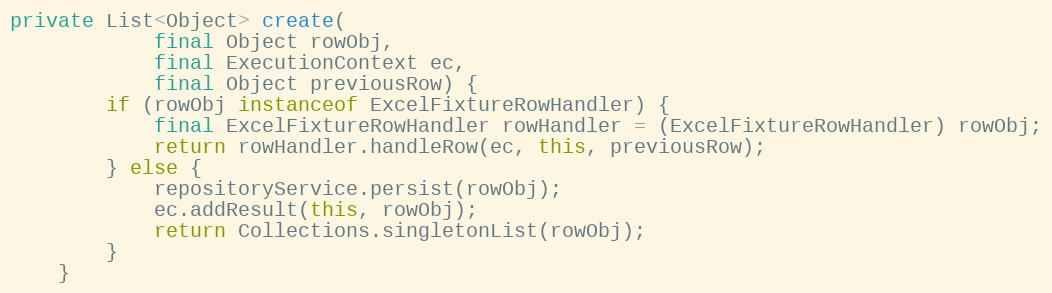
Language: Java
private List<Object> create(
            final Object rowObj,
            final ExecutionContext ec,
            final Object previousRow) {
        if (rowObj instanceof ExcelFixtureRowHandler) {
            final ExcelFixtureRowHandler rowHandler = (ExcelFixtureRowHandler) rowObj;
            return rowHandler.handleRow(ec, this, previousRow);
        } else {
            repositoryService.persist(rowObj);
            ec.addResult(this, rowObj);
            return Collections.singletonList(rowObj);
        }
    }